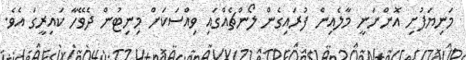
މަނިޔަފުށި އޮންނަނީ މާލެއިން ފުރައިގެން ލޯންޗެއްގައި ވިއްސަކަށް މިނިޓުން ދެވޭހާ ކައިރީގަ އެވެ.